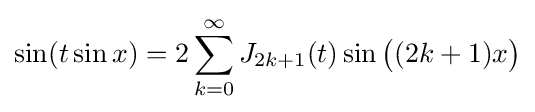
\sin(t\sin x)=2\sum _{k=0}^{\infty }J_{2k+1}(t)\sin {\big (}(2k+1)x{\big )}